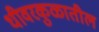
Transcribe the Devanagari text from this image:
धीवरकुळातील